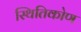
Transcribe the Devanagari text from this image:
स्थितिकोण